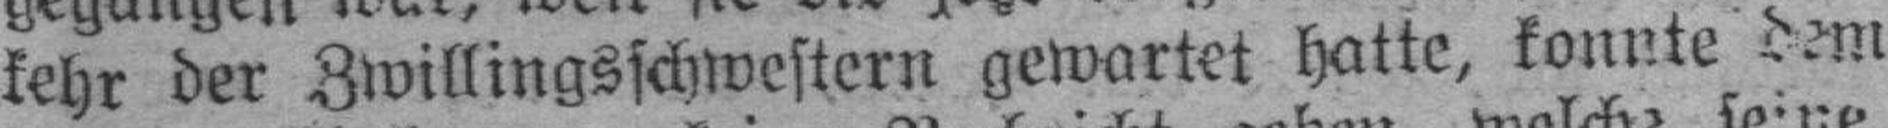
kehr der Zwillingsschwestern gewartet hatte, konnte dem